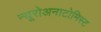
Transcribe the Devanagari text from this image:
न्यूरोअनाटोमिस्ट